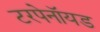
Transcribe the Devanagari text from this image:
टरपेनॉयड